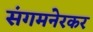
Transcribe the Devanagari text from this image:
संगमनेरकर